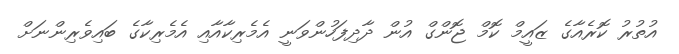
އުތުރު ކޮރެއާގެ ޒައީމް ކޮމް ޖޮންގް އުން ދާދިފަހުންވަނީ އެމެރިކާއާއި އެމެރިކާގެ ބައިވެރިންނަށް